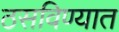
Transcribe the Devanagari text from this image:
ठसविण्यात